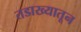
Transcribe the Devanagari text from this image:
तडाख्यातून